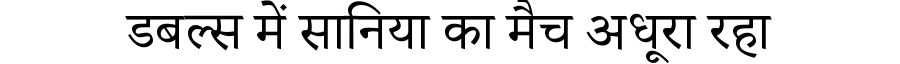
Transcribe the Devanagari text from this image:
डबल्स में सानिया का मैच अधूरा रहा